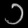
Digit: ၁